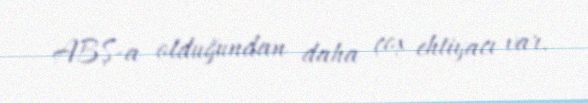
ABŞ-a olduğundan daha çox ehtiyacı var.